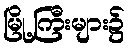
မြို့ကြီးများ၌